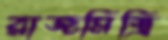
রাজমিস্ত্রি